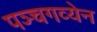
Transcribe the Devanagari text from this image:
पञ्चगव्येन